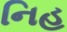
નિહ